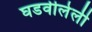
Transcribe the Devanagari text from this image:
घडवीलेली